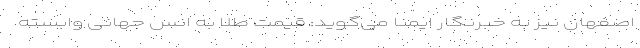
اصفهان نیز به خبرنگار ایمنا می‌گوید: قیمت طلا به انس جهانی وابسته